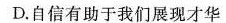
D.自信有助于我们展现才华